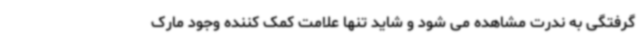
گرفتگی به ندرت مشاهده می شود و شاید تنها علامت کمک کننده وجود مارک